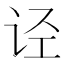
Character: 𰵡